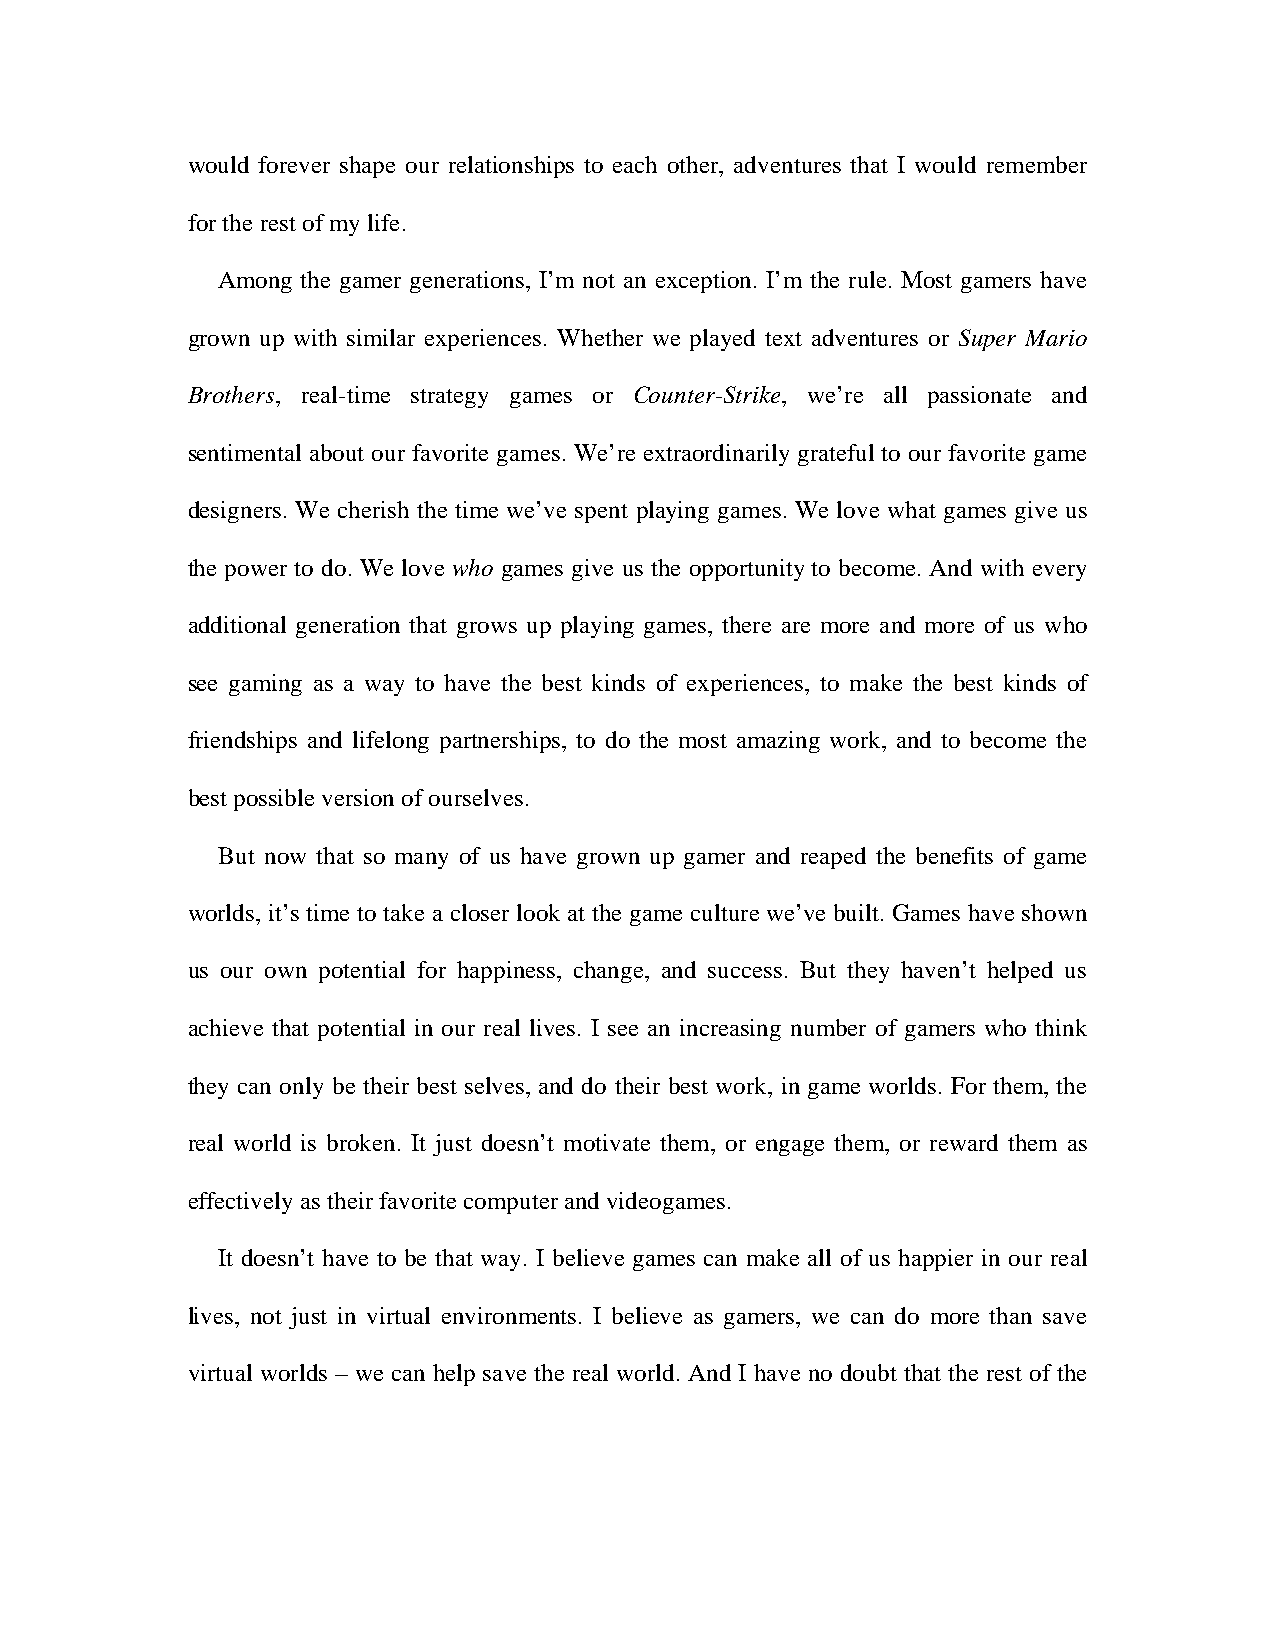
would forever shape our relationships to each other, adventures that I would remember
 for the rest of my life.
 Among the gamer generations, I’m not an exception. I’m the rule. Most gamers have
 grown up with similar experiences. Whether we played text adventures or Super Mario
 Brothers, real-time strategy games or Counter-Strike, we’re all passionate and
 sentimental about our favorite games. We’re extraordinarily grateful to our favorite game
 designers. We cherish the time we’ve spent playing games. We love what games give us
 the power to do. We love who games give us the opportunity to become. And with every
 additional generation that grows up playing games, there are more and more of us who
 see gaming as a way to have the best kinds of experiences, to make the best kinds of
 friendships and lifelong partnerships, to do the most amazing work, and to become the
 best possible version of ourselves.
 But now that so many of us have grown up gamer and reaped the benefits of game
 worlds, it’s time to take a closer look at the game culture we’ve built. Games have shown
 us our own potential for happiness, change, and success. But they haven’t helped us
 achieve that potential in our real lives. I see an increasing number of gamers who think
 they can only be their best selves, and do their best work, in game worlds. For them, the
 real world is broken. It just doesn’t motivate them, or engage them, or reward them as
 effectively as their favorite computer and videogames.
 It doesn’t have to be that way. I believe games can make all of us happier in our real
 lives, not just in virtual environments. I believe as gamers, we can do more than save
 virtual worlds – we can help save the real world. And I have no doubt that the rest of the